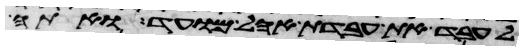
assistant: לעבד את עבדת אהל מועד ואתה